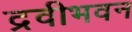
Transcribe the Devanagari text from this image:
द्रवीभवन